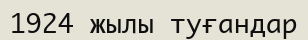
1924 жылы туғандар